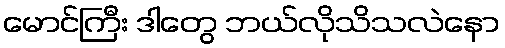
မောင်ကြီး ဒါတွေ ဘယ်လိုသိသလဲနော